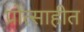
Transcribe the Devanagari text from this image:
प्रोत्साहीत